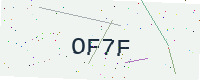
Text: OF7F